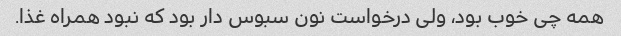
همه چی خوب بود، ولی درخواست نون سبوس دار بود که نبود همراه غذا.